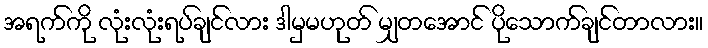
အရက်ကို လုံးလုံးရပ်ချင်လား ဒါမှမဟုတ် မျှတအောင် ပိုသောက်ချင်တာလား။